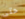
حتى